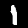
Digit: 1